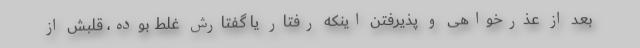
بعد از عذرخواهی و پذیرفتن اینکه رفتار یا گفتارش غلط بوده، قلبش از